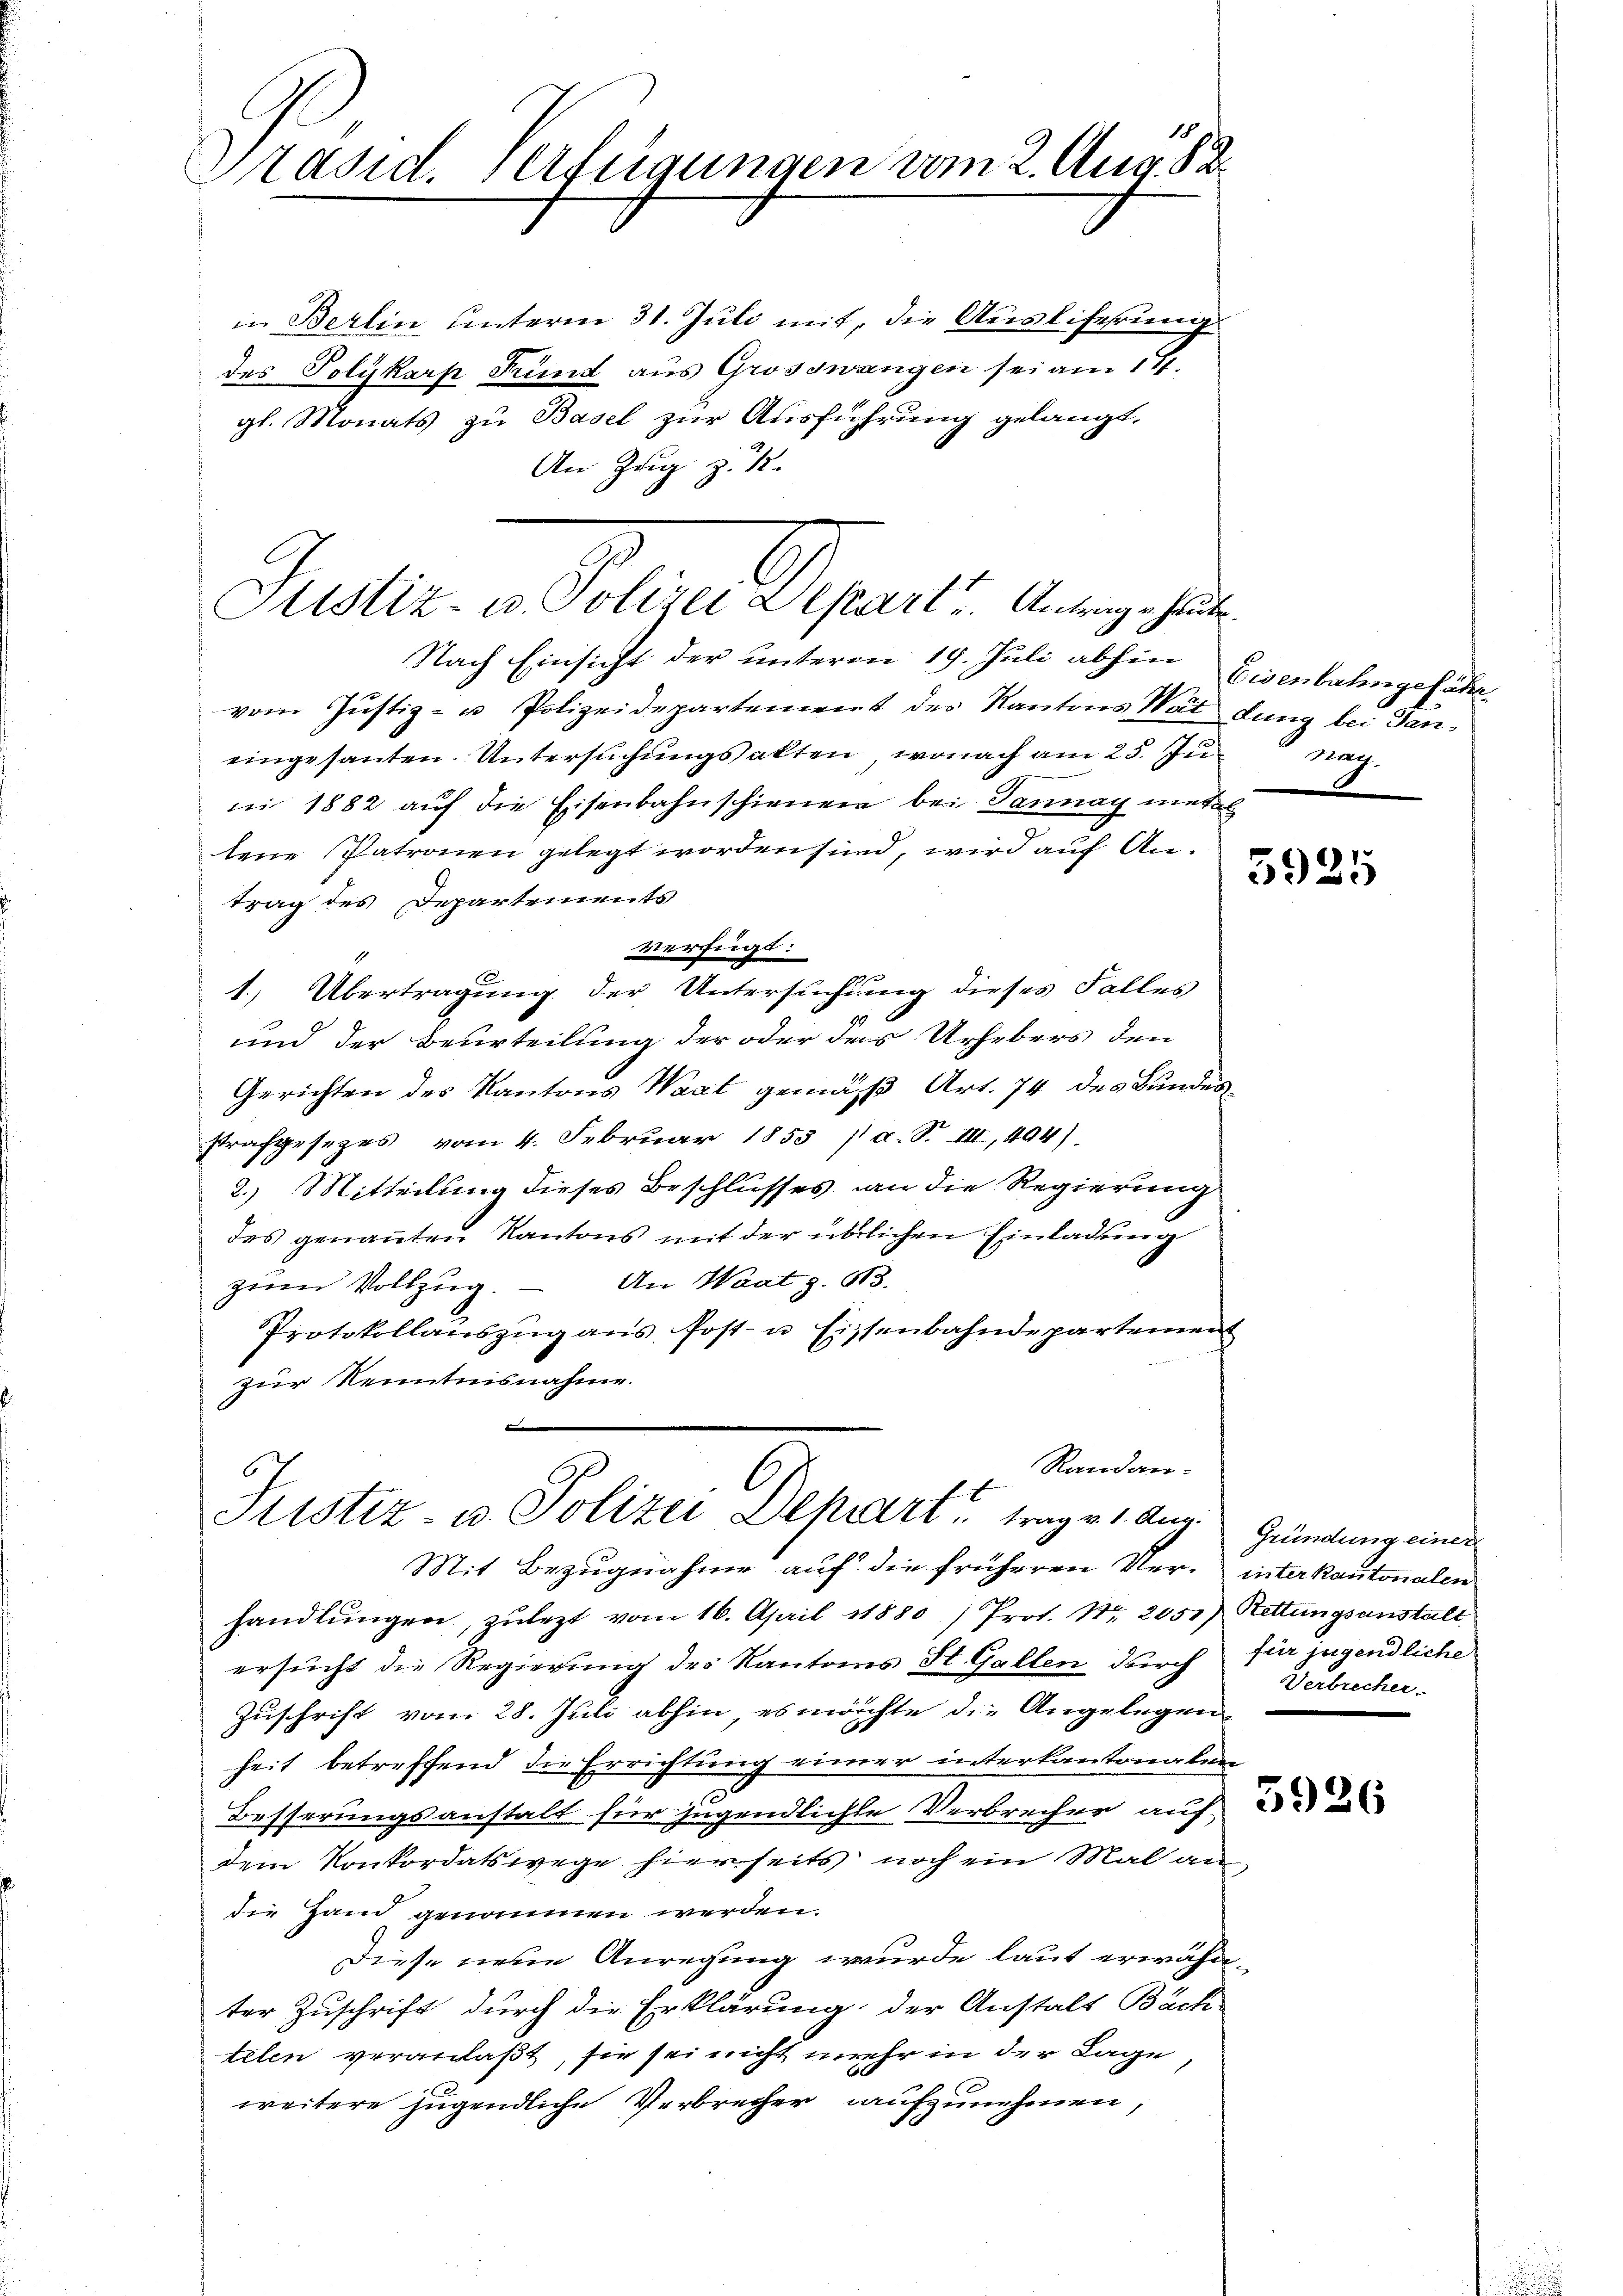
Präsid. Verfügungen vom 2. Aug. 82.

in Berlin unterm 31. Juli mit, die Ausliferung
des Polykarp Fund aus Grosswangen sei am 14.
gl. Monats zu Basel zur Ausführung gelangt,
An Zug z. B.

Nach Einsicht der unterm 19. Juli abhin Eisenbahngefähr
vom Justiz- u. Polizeidepartement des Kantons Waldung bei Ganeingesanten. Untersuchungsakten, wonach am 25. Ju
ni 1882 auf die Eisenbahnschienen bei Tannay metal
tene Patronen gelegt worden sind, wird auf Antrag des Departements
verfügt:
1
.
1. Übertragung der Untersuchung dieses Falles
und der Beurteilung der oder das Urhebers den
Gerichten des Kantons Waat gemäß Art. 74 des Bundesstrafgesezes vom 4. Februar 1855 (a. S. III, 494)
2.) Mitteilung dieses Beschlusses an die Regierung
des genannten Kantons mit der üblichen Einladung
An Waatz. 613.
zum Vollzug.
Protokollaŭszŭg ans Post- u. Eisenbahndepartement
zur Kenntnisnahme.

Sistiz- u. Polizei Depart u. Antrage heute.

Randan¬
Justiz- u. Polizei Depart, trage 1. Aug. Gründung einer

nag

Mit Bezugnahme auf die früheren Ver- interkantonalen
handlŭngen, zulezt vom 16. April 1880 / Prot. Nr. 2050) Rettungsanstalt
ersucht die Regierung des Kantons St. Gallen durch für jugendliche
Zuschrift vom 28. Juli abhin, es möchte die Angelegen
heit betreffend die Errichtung einer interkantonalen
Besserungsanstalt für jugendlichte Verbrecher auf
dem Konkordatswege hierseits noch ein Mal andie Hand genommen werden.
Diese neue Anregung wurde laut erwähnter Zuschrift durch die Erklärung der Anstalt Buch-
telen veranlaßt, sie sei nicht mehr in der Lage
weitere jugendliche Verbrecher aufzunehmen,

5925

Verbrecher.